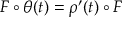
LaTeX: F \circ \theta ( t ) = \rho ^ { \prime } ( t ) \circ F